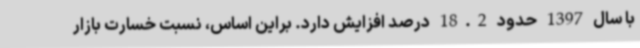
با سال 1397 حدود 18.2 درصد افزایش دارد. براین اساس، نسبت خسارت بازار